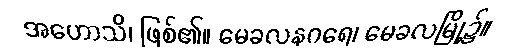
အဟောသိ၊ ဖြစ်၏။ မေခလနဂရေ၊ မေခလမြို့၌။